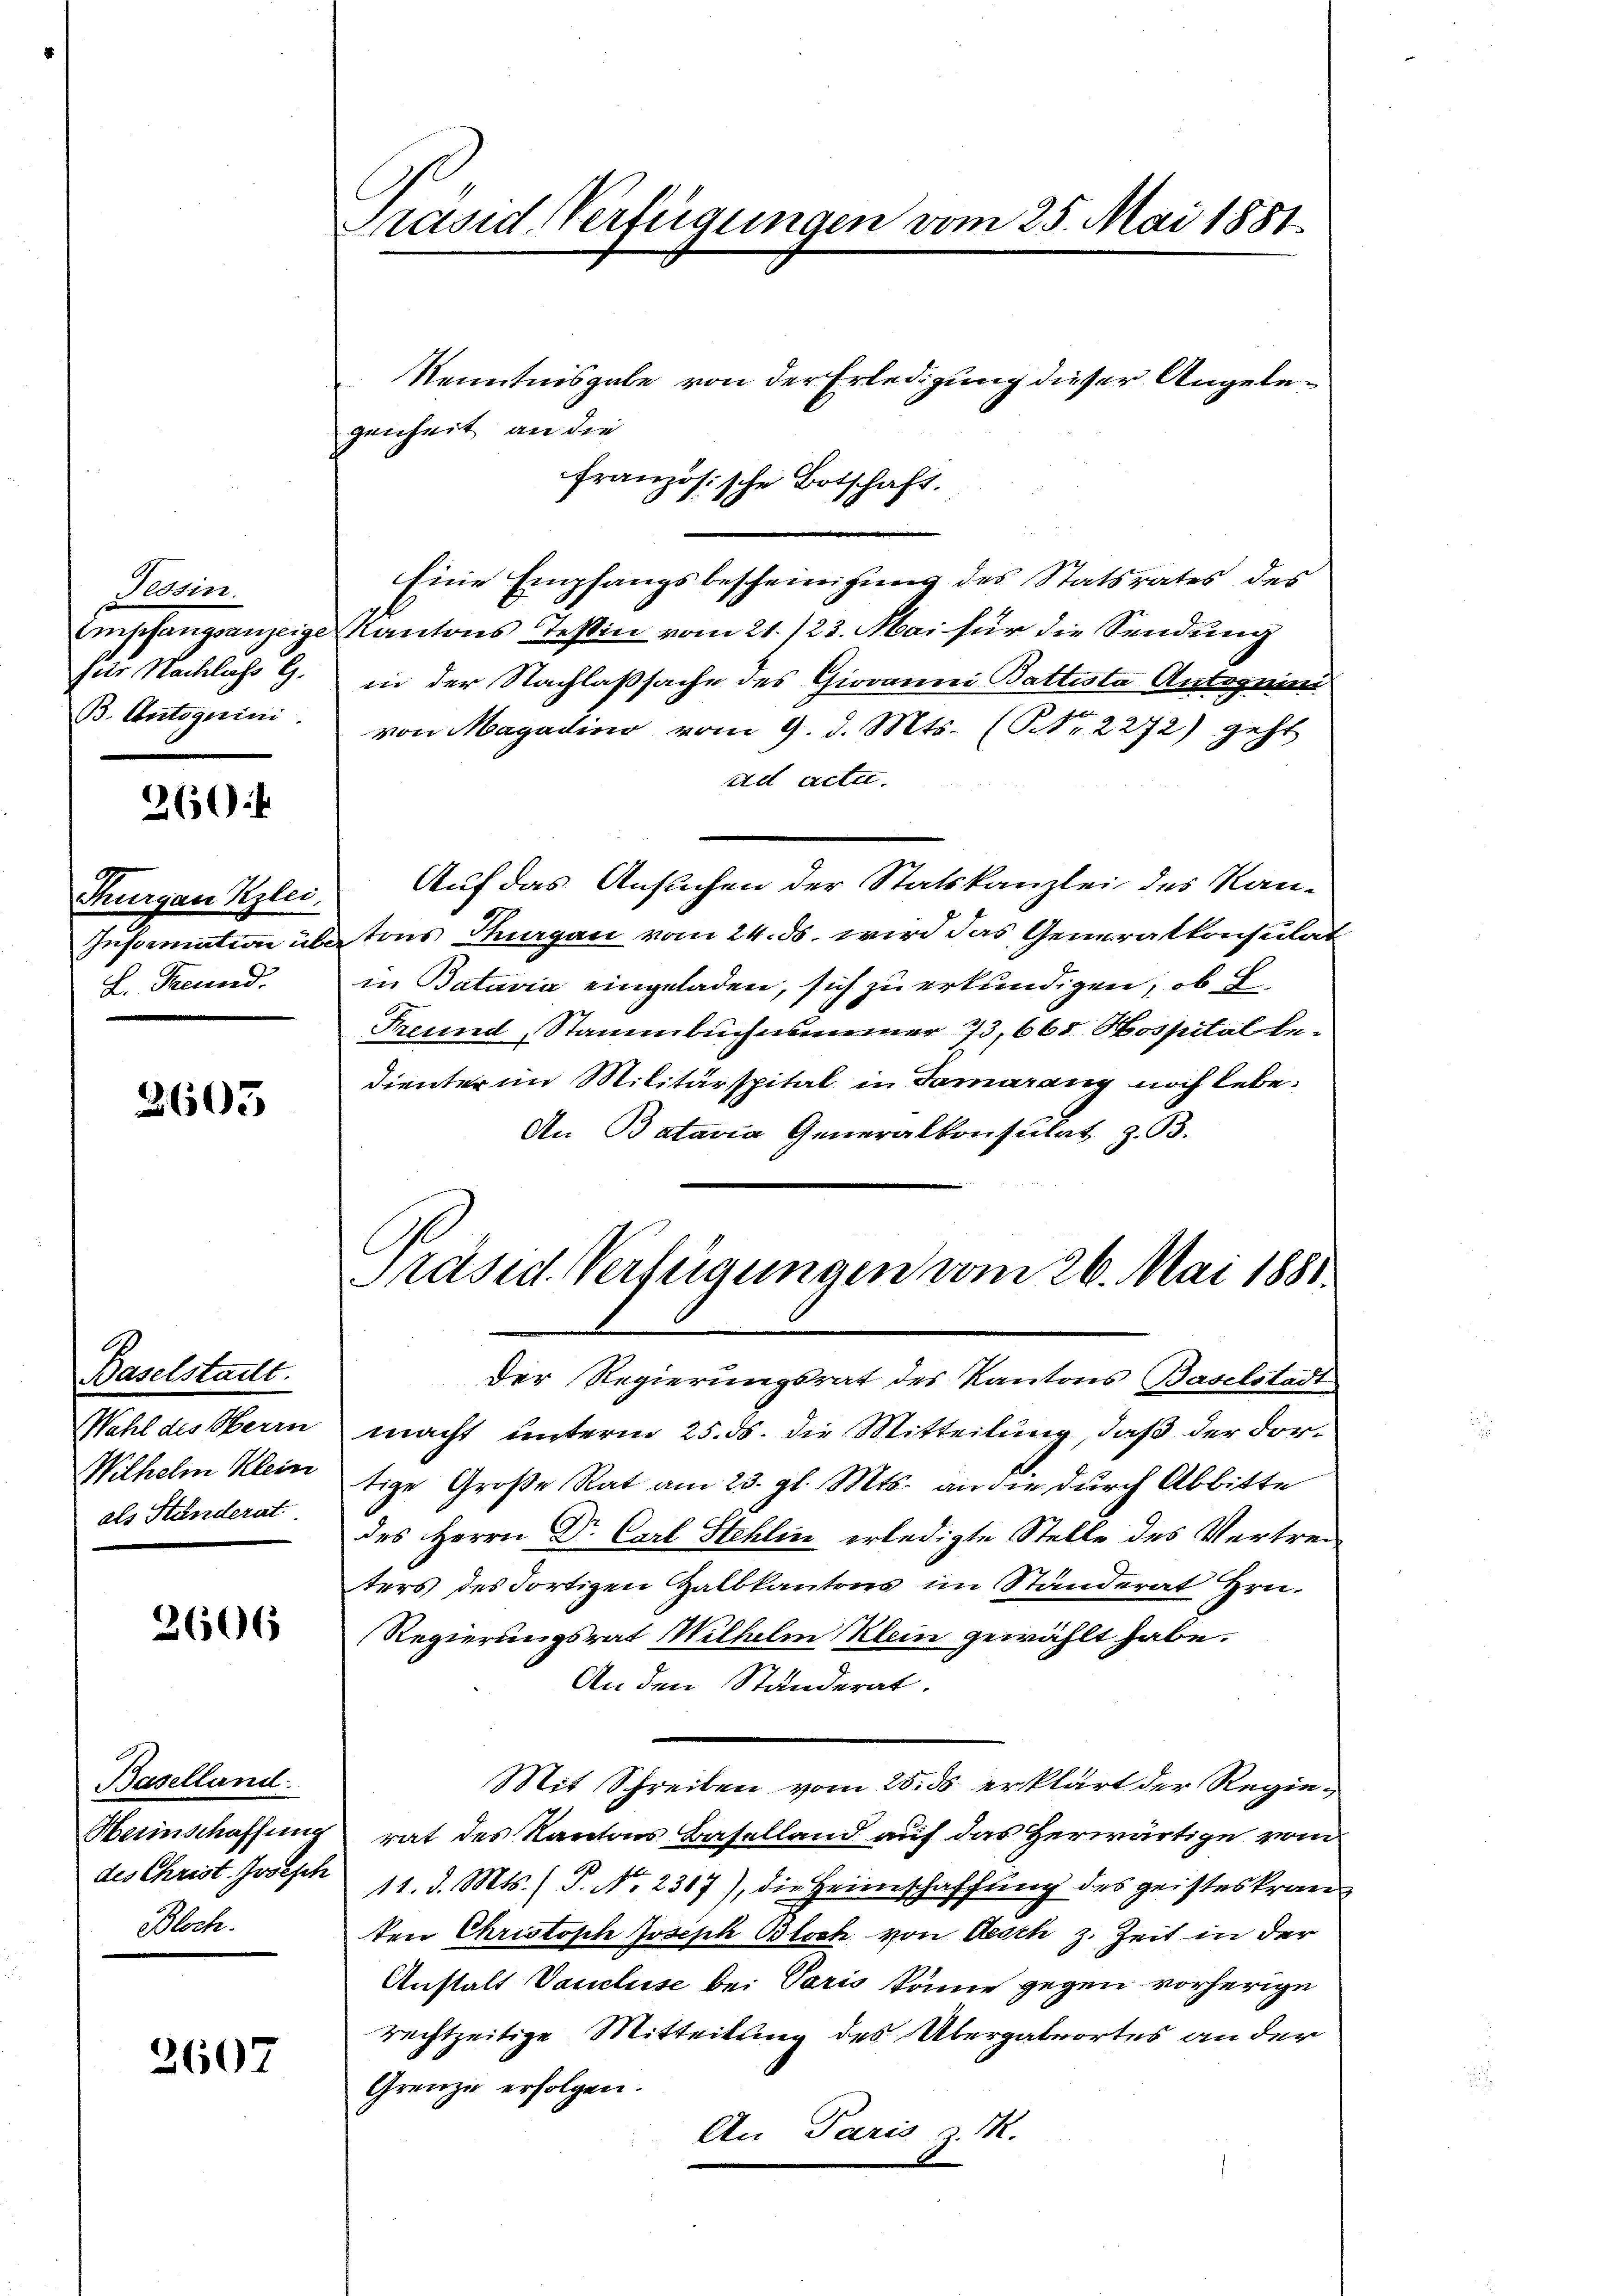
Tessin.
Empfangsanzeige
fier Nachlass G.
B. Autoguini

260:

Thurgau Kzlei,
L. Freund.

3603

Baselstadt.
Wahl des Herrn
Wilhelm Klein
als Standerat

2606

Baselland.
Bloch.

2607

Präsid. Verfügungen vom 25. Mai 1881.

Kenntnisgabe von der Erledigung dieser Angelegenheit an die
französische Botschaft.
Eine Empfangsbescheinigung des Statsrates des
Kantons Tessin vom 21./23. Mai für die Sendung
in der Nachlaßsache des Giovanni Battista Antoguin
n
von Magadin vom 9. d. Mts. (NNo. 2272) geht
ad acte.
Auf das Ansuchen der Statskanzlei des Kan-
Zustemation übe tons Thurgau vom 24. ds. wird das Generalkonsulat
in Batavia eingeladen, sich zu erkundigen, ob de
Freund, Stammbuchnammer 13,665 Hospital bedienter im Militärspital in Samarang noch lebe¬
An Bataria Generalkonsulat z. B.
Präsid. Verfügungen vom 26. Mai 1881
Der Regierungsrat des Kantons Baselstadt
macht unterm 25. ds. die Mitteilung, daß der Fortige Große Rat am 23. gl. Mts. an die durch Abbitte
des Herrn Dr. Carl Stehlin erledigte Stelle des Vertreiters des Fortigen Zalbkantons im Ständerat Hrn.
Regierungsrat Wilhelm Klein gewählt habe.
An den Ständerat.
Mit Schreiben vom 25. ds. erklärt der Regie¬
Herinschaffung rat des Kantons Baselland auf das Herwärtige vom
des Christ. Joseph 11. d. Mts. ) P. Nr. 2317), die Heimschaffung des geisteskran
ten Christoph Joseph Bloch von Aesch z. Zeit in der
Anstalt Vancluse bei Paris könne gegen vorherige
rechtzeitige Mitteilung des Übergabeortes an der
Grenze erfolgen.
An Paris z. M.